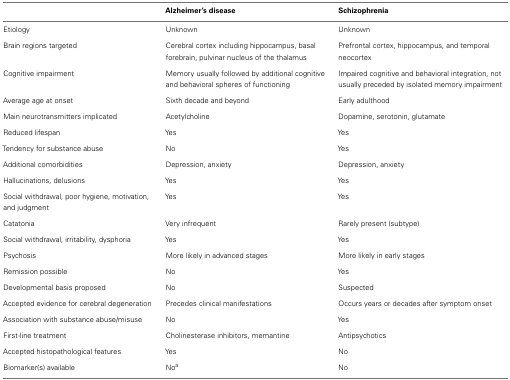
|  | Alzheimer’s disease | Schizophrenia |
 | --- | --- | --- |
 | Etiology | Unknown | Unknown |
 | Brain regions targeted | Cerebral cortex including hippocampus, basal forebrain, pulvinar nucleus of the thalamus | Prefrontal cortex, hippocampus, and temporal neocortex |
 | Cognitive impairment | Memory usually followed by additional cognitive and behavioral spheres of functioning | Impaired cognitive and behavioral integration, not usually preceded by isolated memory impairment |
 | Average age at onset | Sixth decade and beyond | Early adulthood |
 | Main neurotransmitters implicated | Acetylcholine | Dopamine, serotonin, glutamate |
 | Reduced lifespan | Yes | Yes |
 | Tendency for substance abuse | No | Yes |
 | Additional comorbidities | Depression, anxiety | Depression, anxiety |
 | Hallucinations, delusions | Yes | Yes |
 | Social withdrawal, poor hygiene, motivation, and judgment | Yes | Yes |
 | Catatonia | Very infrequent | Rarely present (subtype) |
 | Social withdrawal, irritability, dysphoria | Yes | Yes |
 | Psychosis | More likely in advanced stages | More likely in early stages |
 | Remission possible | No | Yes |
 | Developmental basis proposed | No | Suspected |
 | Accepted evidence for cerebral degeneration | Precedes clinical manifestations | Occurs years or decades after symptom onset |
 | Association with substance abuse/misuse | No | Yes |
 | First-line treatment | Cholinesterase inhibitors, memantine | Antipsychotics |
 | Accepted histopathological features | Yes | No |
 | Biomarker(s) available | Noa | No |